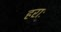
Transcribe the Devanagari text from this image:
हराः